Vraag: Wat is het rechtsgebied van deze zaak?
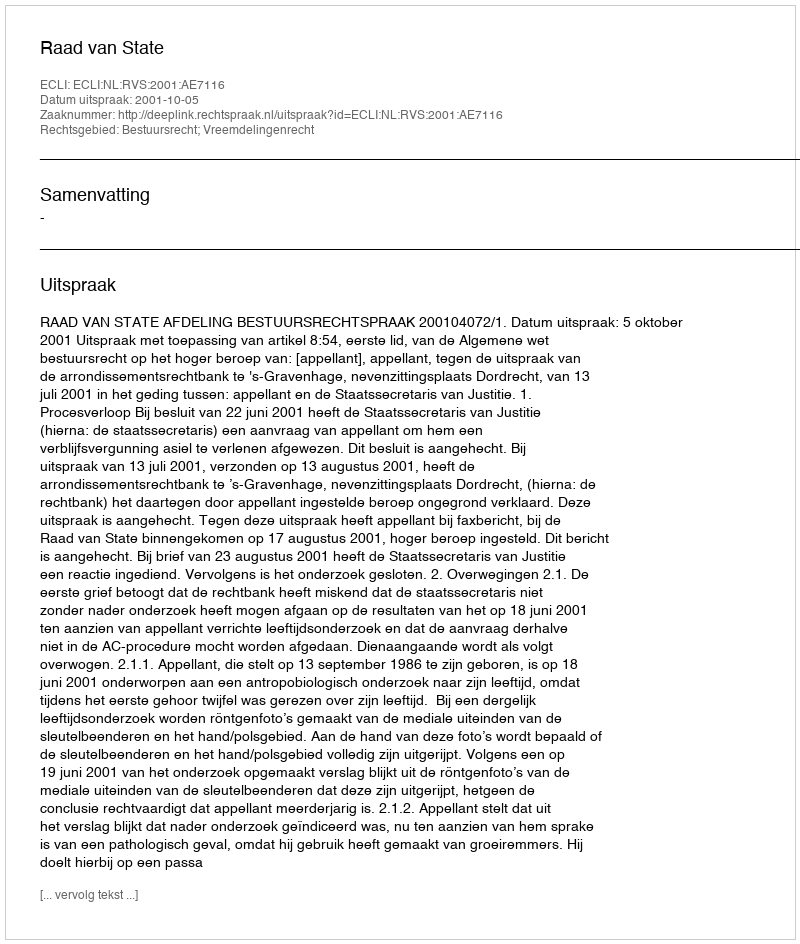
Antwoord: Bestuursrecht; Vreemdelingenrecht